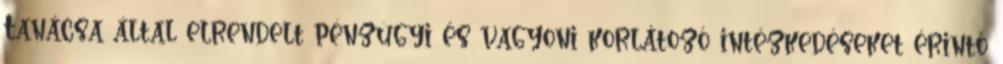
Tanácsa által elrendelt pénzügyi és vagyoni korlátozó intézkedéseket érintő